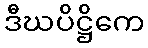
ဒီဃပိဋ္ဌိကေ